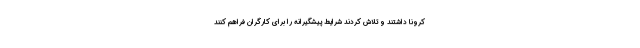
کرونا داشتند و تلاش کردند شرایط پیشگیرانه را برای کارگران فراهم کنند